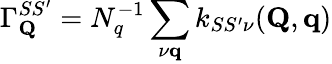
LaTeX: \Gamma_{\mathbf{Q}}^{SS^{\prime}}=N_{q}^{-1}\sum_{\nu\mathbf{q}}k_{SS^{\prime}\nu}(\mathbf{Q},\mathbf{q})